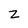
Character: Z